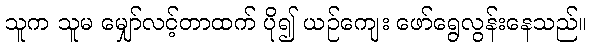
သူက သူမ မျှော်လင့်တာထက် ပို၍ ယဉ်ကျေး ဖော်ရွေလွန်းနေသည်။